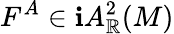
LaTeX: F^{A}\in\mathbf{i}A_{\mathbb{{R}}}^{2}(M)